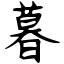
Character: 暮